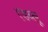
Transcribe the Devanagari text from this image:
एडब्लू